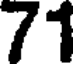
71